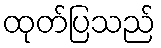
ထုတ်ပြသည်